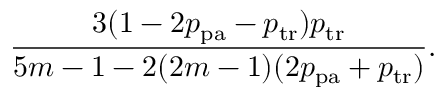
\frac { 3 ( 1 - 2 p _ { \mathrm { p a } } - p _ { \mathrm { t r } } ) p _ { \mathrm { t r } } } { 5 m - 1 - 2 ( 2 m - 1 ) ( 2 p _ { \mathrm { p a } } + p _ { \mathrm { t r } } ) } .